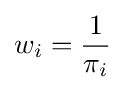
w_{i}={\frac {1}{\pi _{i}}}